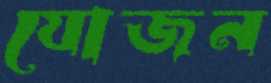
যোজন